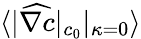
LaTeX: \langle|\widehat{\nabla c}|_{c_{0}}|_{\kappa=0}\rangle